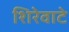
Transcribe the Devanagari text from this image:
शिरेवाटे